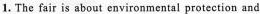
1. The fair is about environmental protection and